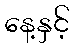
နေ့နှင့်